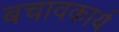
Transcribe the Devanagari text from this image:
बचावकार्य